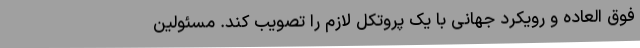
فوق العاده و رویکرد جهانی با یک پروتکل لازم را تصویب کند. مسئولین